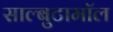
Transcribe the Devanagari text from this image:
साल्बुटामॉल